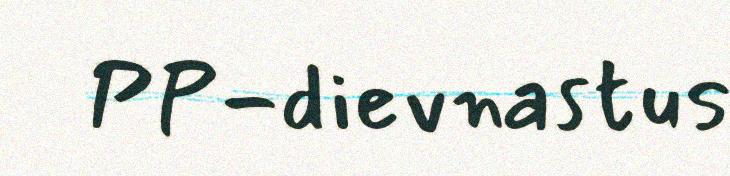
PP-dievnastus